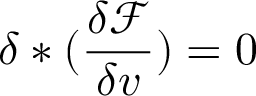
\delta \ast ( \frac { \delta \mathcal { F } } { \delta v } ) = 0